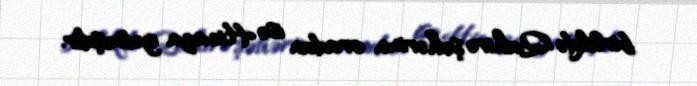
birlikdə Qahirə şəhərinə, oradan isə Hicaza getmişdir.